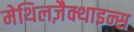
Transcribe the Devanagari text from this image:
मेथिलज़ैक्थाइन्स